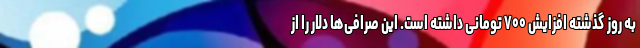
به روز گذشته افزایش ۷۰۰ تومانی داشته است. این صرافی‌ها دلار را از